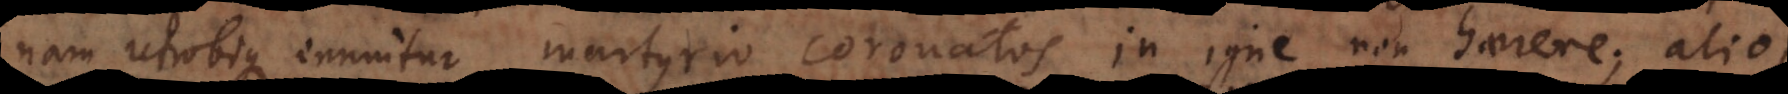
nam utrobique innuitur martyrio coronatos in igne non haerere; alios